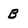
Character: B